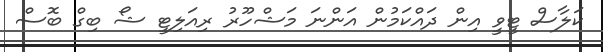
ކަލާސް ޓީވީ އިން ދައްކަމުން އަންނަ މަޝްހޫރު ރިއަލިޓީ ޝޯ ބިގް ބޮސް